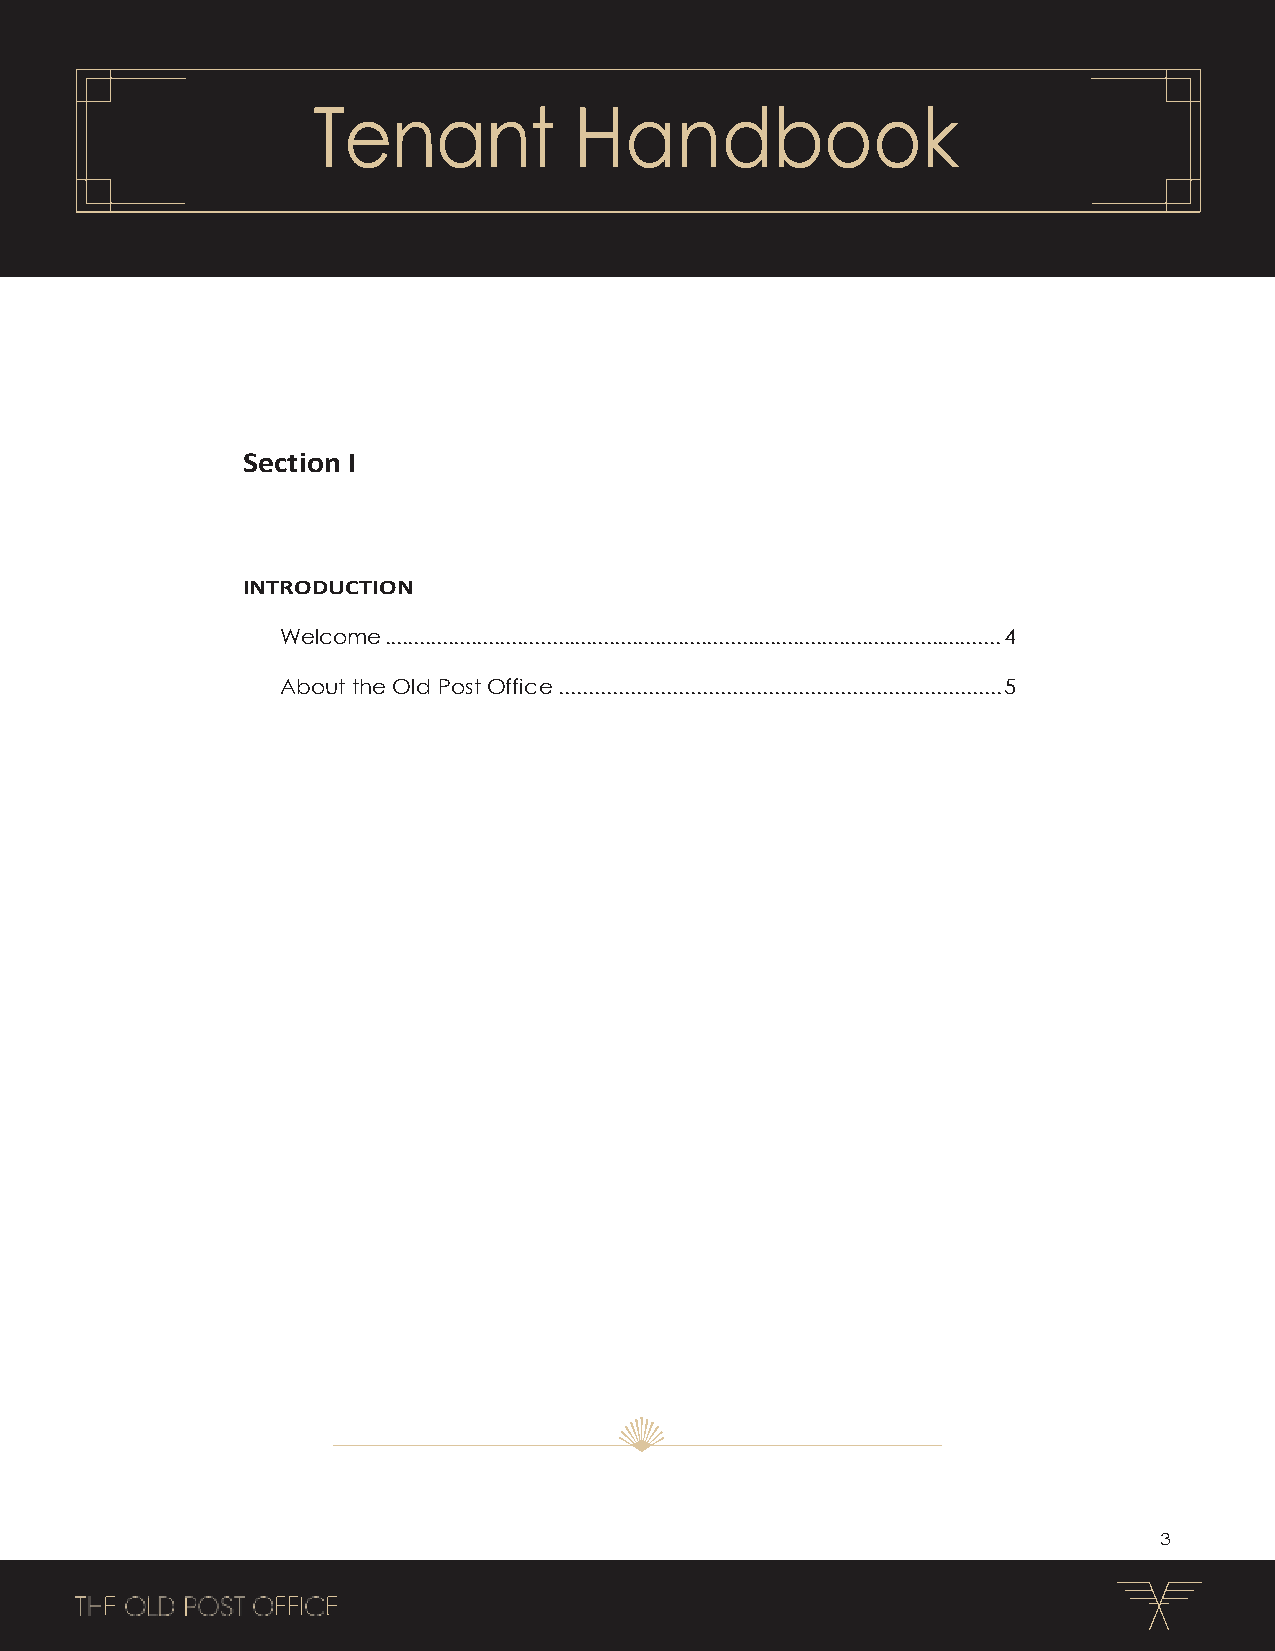
Tenant           Handbook
 Section I
 INTRODUCTION
 Welcome ........................................................................................................... 4
 About the Old Post Office .......................................................................... 5
 3